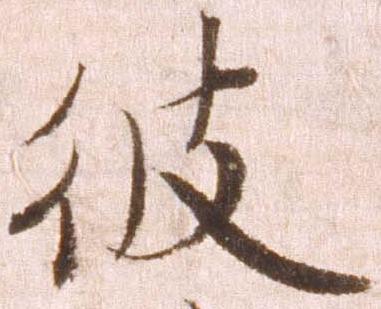
彼